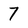
Character: 7